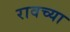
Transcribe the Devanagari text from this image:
रावच्या